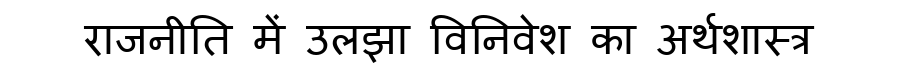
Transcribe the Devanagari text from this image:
राजनीति में उलझा विनिवेश का अर्थशास्त्र